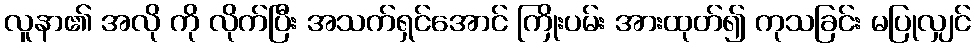
လူနာ၏ အလို ကို လိုက်ပြီး အသက်ရှင်အောင် ကြိုးပမ်း အားထုတ်၍ ကုသခြင်း မပြုလျှင်